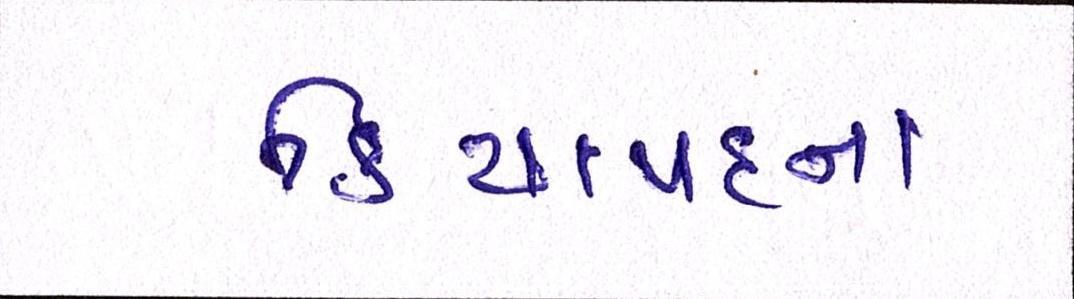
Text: ક્રિયાપદના